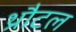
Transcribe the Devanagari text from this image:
थ्रौटल